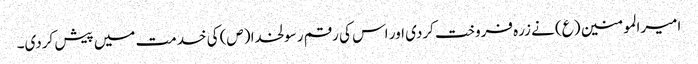
امیرالمومنین (ع) نے زرہ فروخت کردی اور اس کی رقم رسولخدا (ص) کی خدمت میں پیش کردی۔